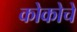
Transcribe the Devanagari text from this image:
कोकोचे